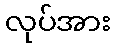
လုပ်အား